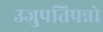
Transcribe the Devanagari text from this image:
उजुपतिपन्नो